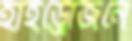
হাইড্রোজনে